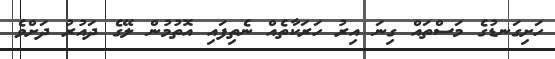
ހަށިގަނޑުގެ މަސްތައް ގިނަ އިރު ހަރަކާތެއް ނެތިފައި އޮތުމުން ލޭގެ ދަައުރު ދަށްވެ